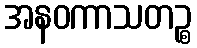
အနဝကာသတဉ္စ